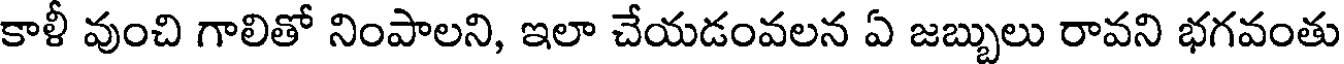
కాళీ వుంచి గాలితో నింపాలని, ఇలా చేయడంవలన ఏ జబ్బులు రావని భగవంతు